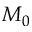
M _ { 0 }